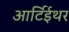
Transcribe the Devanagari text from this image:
आर्टिईथर